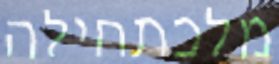
מלכתחילה